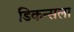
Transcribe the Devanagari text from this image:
डिकन्सला